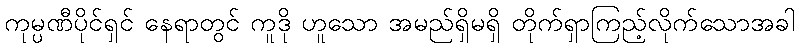
ကုမ္ပဏီပိုင်ရှင် နေရာတွင် ကူဒို ဟူသော အမည်ရှိမရှိ တိုက်ရှာကြည့်လိုက်သောအခါ